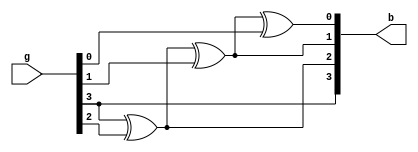
module g2b(input [3:0]g,output [3:0]b);
  xor A1(b[0],b[1],g[0]); 
  xor A2(b[1],b[2],g[1]); 
  xor A3(b[2],b[3],g[2]);
  buf A4(b[3],g[3]);
endmodule